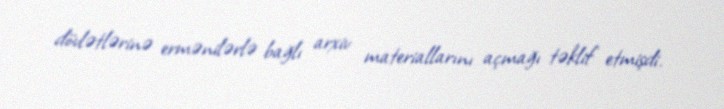
dövlətlərinə ermənilərlə bağlı arxiv materiallarını açmağı təklif etmişdi.